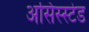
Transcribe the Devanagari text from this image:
असिस्स्टेड